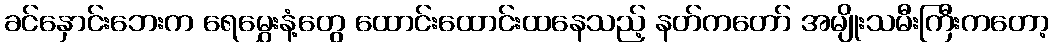
ခင်နှောင်းဘေးက ရေမွှေးနံ့တွေ ထောင်းထောင်းထနေသည့် နတ်ကတော် အမျိုးသမီးကြီးကတော့